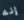
إنه